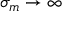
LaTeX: \sigma _ { m } \to \infty